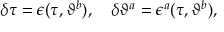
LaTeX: \delta \tau = \epsilon ( \tau , \vartheta ^ { b } ) , \quad \delta \vartheta ^ { a } = \epsilon ^ { a } ( \tau , \vartheta ^ { b } ) ,